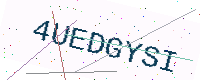
Text: 4UEDGYSI